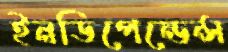
ইনডিপেন্ডেন্স